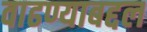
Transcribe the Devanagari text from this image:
वाढण्याबद्दल